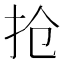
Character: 抢